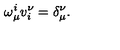
\omega _ { \mu } ^ { i } v _ { i } ^ { \nu } = \delta _ { \mu } ^ { \nu } .